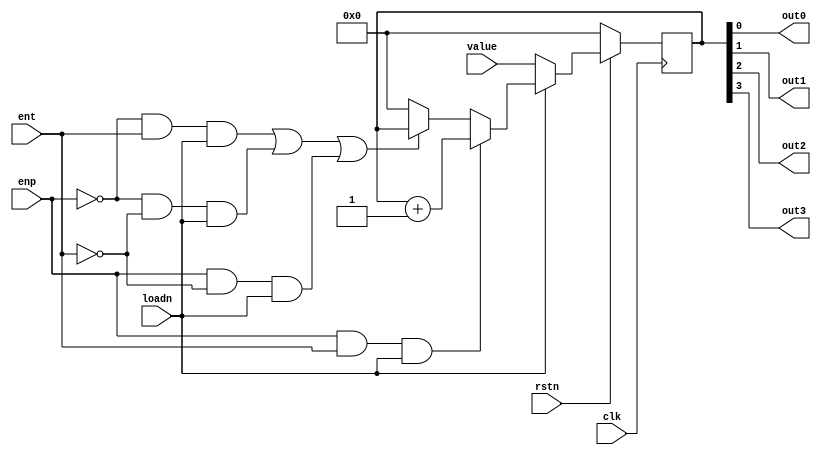
`timescale 1ns / 1ps
//////////////////////////////////////////////////////////////////////////////////
// Company: 
// Engineer: 
// 
// Design Name: 
// Module Name: Counter_4bit
// Project Name: 
// Target Devices: 
// Tool Versions: 
// Description: 
// 
// Dependencies: 
// 
// Revision:
// Revision 0.01 - File Created
// Additional Comments:
// 
//////////////////////////////////////////////////////////////////////////////////


module Counter_4bit(
    input clk,
    input [3:0] value,
    input rstn,
    input enp,
    input ent,
    input loadn,
    output out0,
    output out1,
    output out2,
    output out3
    );

reg [3:0] out;

assign out3 = out[3];
assign out2 = out[2];
assign out1 = out[1];
assign out0 = out[0];

always@(posedge clk)begin
    if(~rstn)
        out <= 0;
    else begin
        if(loadn==0)
            out <= value;
        else if(enp==1 && ent==1 && loadn==1)
            out <= out + 1;
        else if((enp==0 && ent==1 && loadn==1) || (enp==0 && ent==0 && loadn==1) || (enp==1 && ent==0 && loadn==1))
            out <= out;
        else
            out <= 0;
    end            
end

endmodule